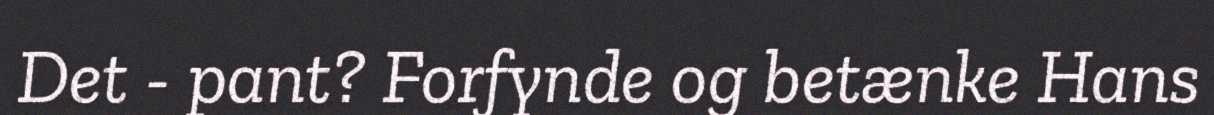
Det - pant? Forfynde og betænke Hans